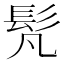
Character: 𩫼